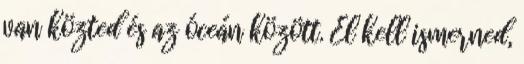
van közted és az óceán között. El kell ismerned,